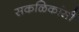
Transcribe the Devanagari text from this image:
सकळिकांसी